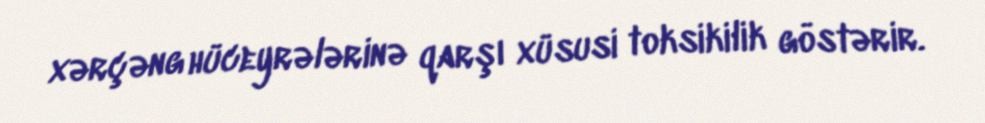
xərçəng hüceyrələrinə qarşı xüsusi toksikilik göstərir.